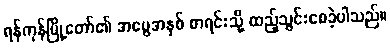
ရန်ကုန်မြို့တော်၏ အမွေအနှစ် စာရင်းသို့ ထည့်သွင်းစေခဲ့ပါသည်။